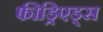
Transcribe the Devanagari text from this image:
फीड्रिएड्स